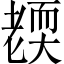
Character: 𦓜